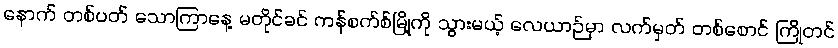
နောက် တစ်ပတ် သောကြာနေ့ မတိုင်ခင် ကန်စက်စ်မြို့ကို သွားမယ့် လေယာဉ်မှာ လက်မှတ် တစ်စောင် ကြိုတင်